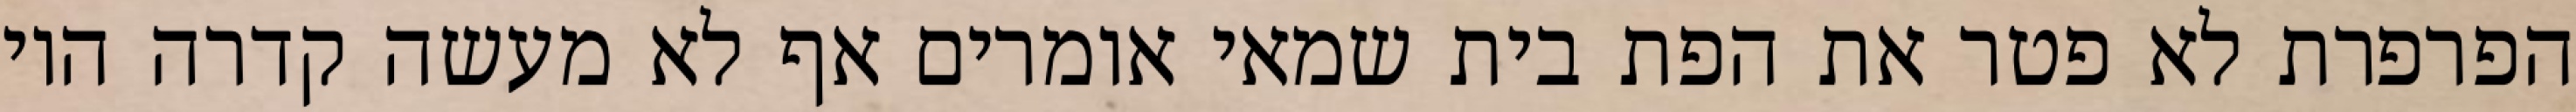
הפרפרת לא פטר את הפת בית שמאי אומרים אף לא מעשה קדרה היו